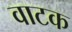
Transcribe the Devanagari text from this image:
वाटक